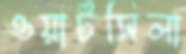
ওয়ার্টসিলা